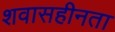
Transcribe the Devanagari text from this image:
शवासहीनता